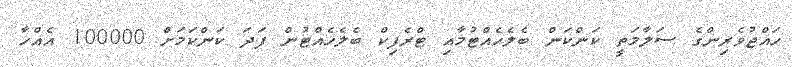
ހައްޖުވެރިންގެ ސަލާމަތީ ކަންކަން ބެލެހެއްޓުމާއި ޓްރެފިކް ބެލެހެއްޓުން ފަދަ ކަންކަމަށް 100000 އެއްހާ